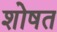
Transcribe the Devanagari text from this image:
शोषत